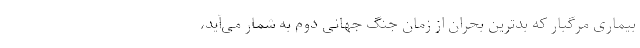
بیماری مرگبار که بدترین بحران از زمان جنگ جهانی دوم به شمار می‌آید،